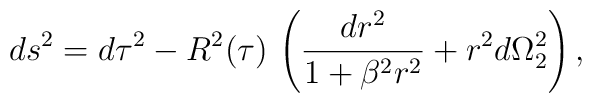
ds^2 = d\tau^2 - R^2(\tau)\, \left(\frac{dr^2}{1+\beta^2 r^2} + r^2d\Omega_{2}^2\right),